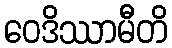
ဝေဒိဿာမီတိ